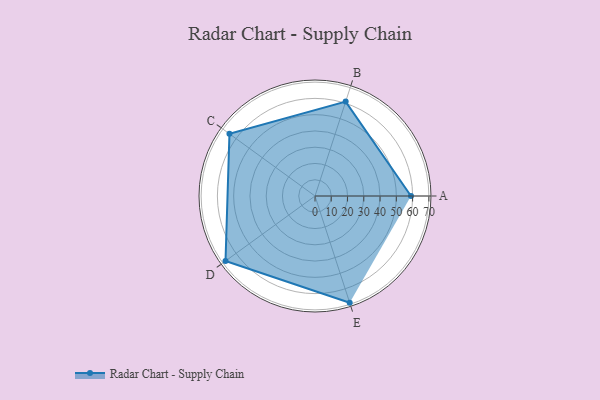
{"axis": {"x": "Skill", "y": "Score"}, "legend": ["Profile"], "data": [{"x": "A", "y": 59.0, "type": "Profile"}, {"x": "B", "y": 61.0, "type": "Profile"}, {"x": "C", "y": 65.0, "type": "Profile"}, {"x": "D", "y": 68.0, "type": "Profile"}, {"x": "E", "y": 69.0, "type": "Profile"}]}